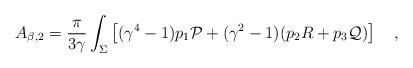
LaTeX: \begin{align*}A_{\beta,2}={\pi \over 3\gamma}\int_{\Sigma}\left[(\gamma^4-1)p_1 {\cal P}+(\gamma^2-1)(p_2 R+p_3 {\cal Q})\right]~~~,\end{align*}